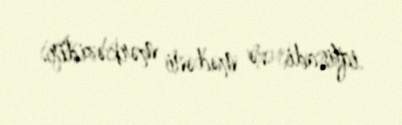
iqtisadi və mədəni mərkəzidir.